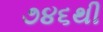
૭૪૬થી